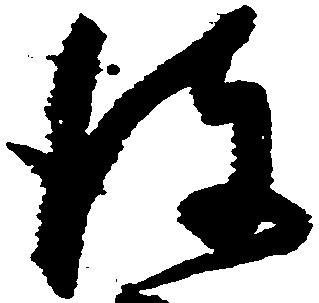
彼